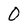
Character: O